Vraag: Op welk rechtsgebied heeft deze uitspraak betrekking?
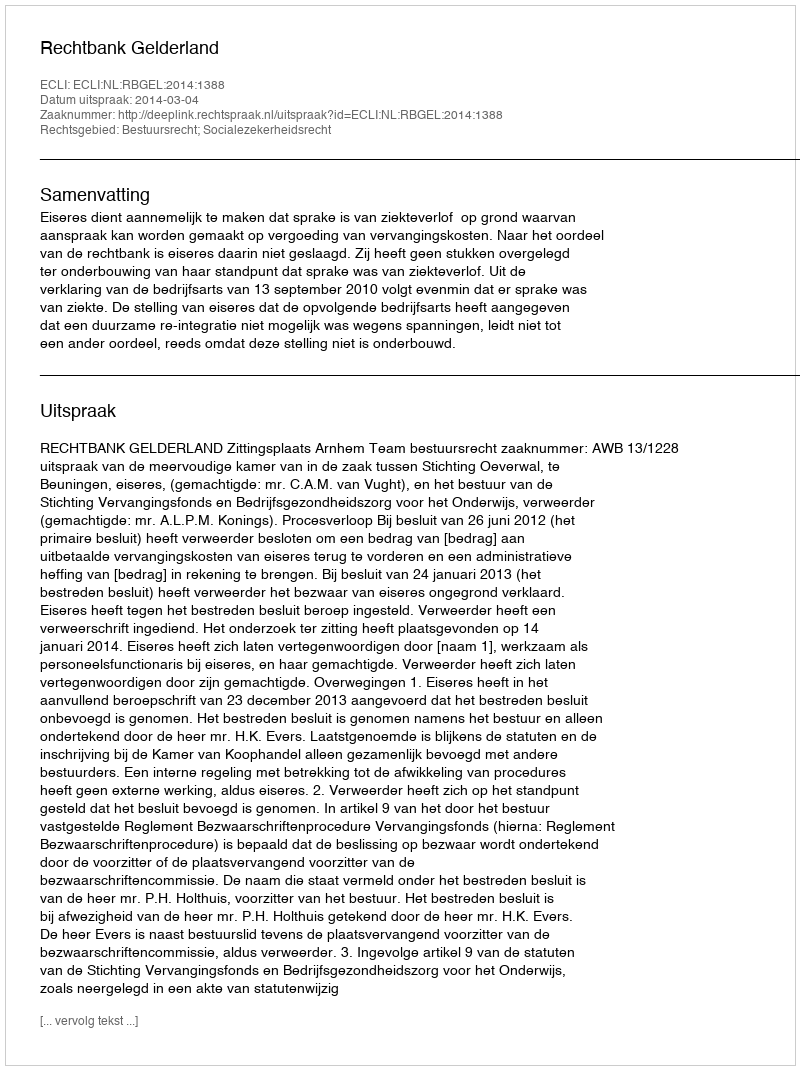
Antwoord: Bestuursrecht; Socialezekerheidsrecht